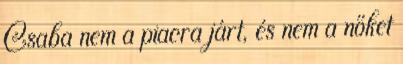
Csaba nem a piacra járt, és nem a nőket